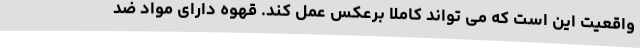
واقعیت این است که می تواند کاملا برعکس عمل کند. قهوه دارای مواد ضد